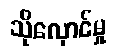
သိုလှောင်မှု